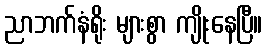
ညာဘက်နံရိုး များစွာ ကျိုးနေပြီ။